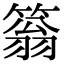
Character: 䈵